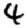
Digit: 4